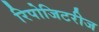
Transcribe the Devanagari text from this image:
रिपोजिटरीज